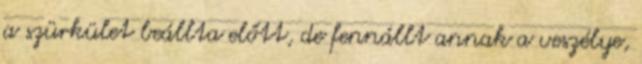
a szürkület beállta előtt, de fennállt annak a veszélye,